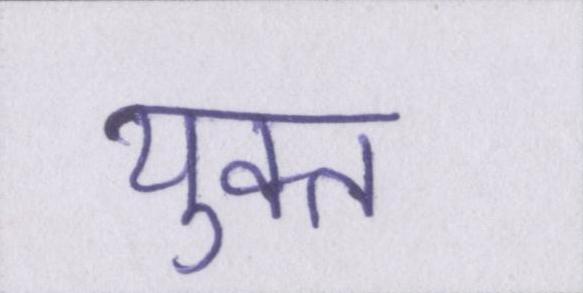
युक्त